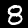
Label: 8